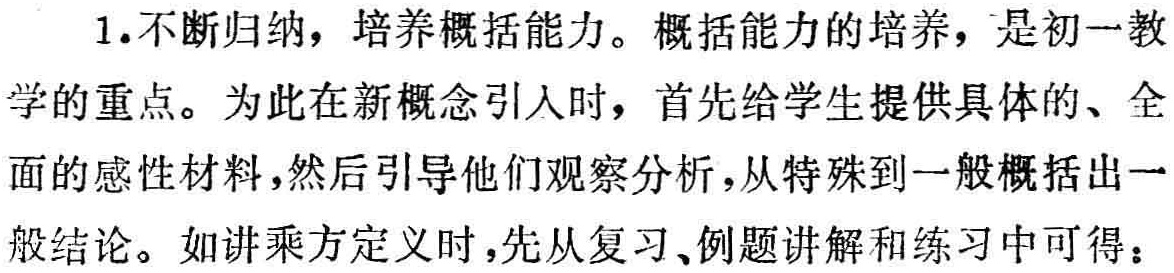
1.不断归纳，培养概括能力。概括能力的培养，是初一教学的重点。为此在新概念引入时，首先给学生提供具体的、全面的感性材料，然后引导他们观察分析，从特殊到一般概括出一般结论。如讲乘方定义时，先从复习、例题讲解和练习中可得：